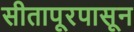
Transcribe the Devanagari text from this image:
सीतापूरपासून